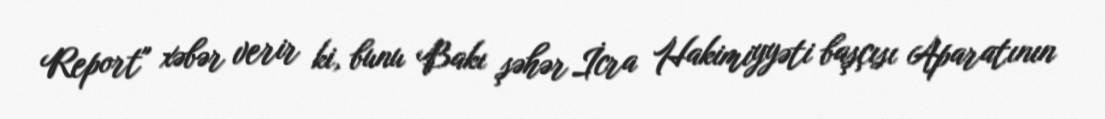
Report" xəbər verir ki, bunu Bakı şəhər İcra Hakimiyyəti başçısı Aparatının